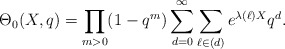
\begin{align*}\Theta_0(X,q)=\prod_{m>0}(1-q^m)\sum_{d=0}^\infty \sum_{\ell\in (d)} e^{\lambda(\ell)X}q^d.\end{align*}